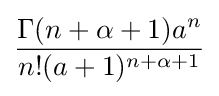
{\frac {\Gamma (n+\alpha +1)a^{n}}{n!(a+1)^{n+\alpha +1}}}